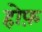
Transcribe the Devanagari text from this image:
होफ़